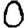
Digit: 0